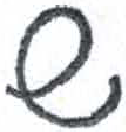
אות: ש